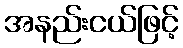
အနည်းငယ်ဖြင့်